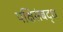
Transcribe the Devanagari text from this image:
पक्षिसंबद्ध